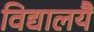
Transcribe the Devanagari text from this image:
विद्यालयैं